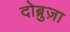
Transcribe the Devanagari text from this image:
दोब्रुज़ा